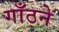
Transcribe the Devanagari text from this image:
गाँठने